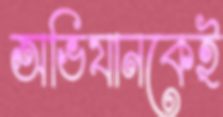
অভিযানকেই